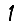
Digit: 1